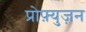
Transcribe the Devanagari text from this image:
प्रोफ़्युज़न